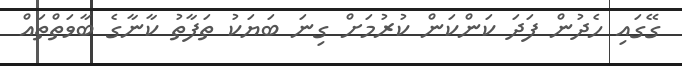
ގޭގައި ހެދުން ފަދަ ކަންކަން ކުރުމަށް ގިނަ ބަޔަކު ތަފާތު ކާނާގެ ބާވަތްތައް